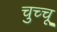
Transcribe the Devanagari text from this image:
चुच्चू